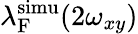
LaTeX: \lambda_{\mathrm{F}}^{\mathrm{simu}}(2\omega_{xy})